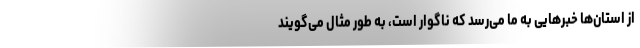
از استان‌ها خبرهایی به ما می‌رسد که ناگوار است، به طور مثال می‌گویند